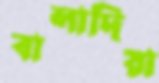
বালাদিয়া